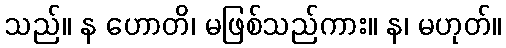
သည်။ န ဟောတိ၊ မဖြစ်သည်ကား။ န၊ မဟုတ်။